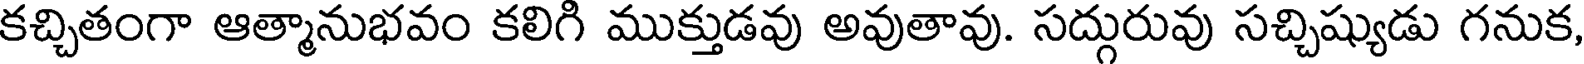
కచ్చితంగా ఆత్మానుభవం కలిగి ముక్తుడవు అవుతావు. సద్గురువు సచ్చిష్యుడు గనుక